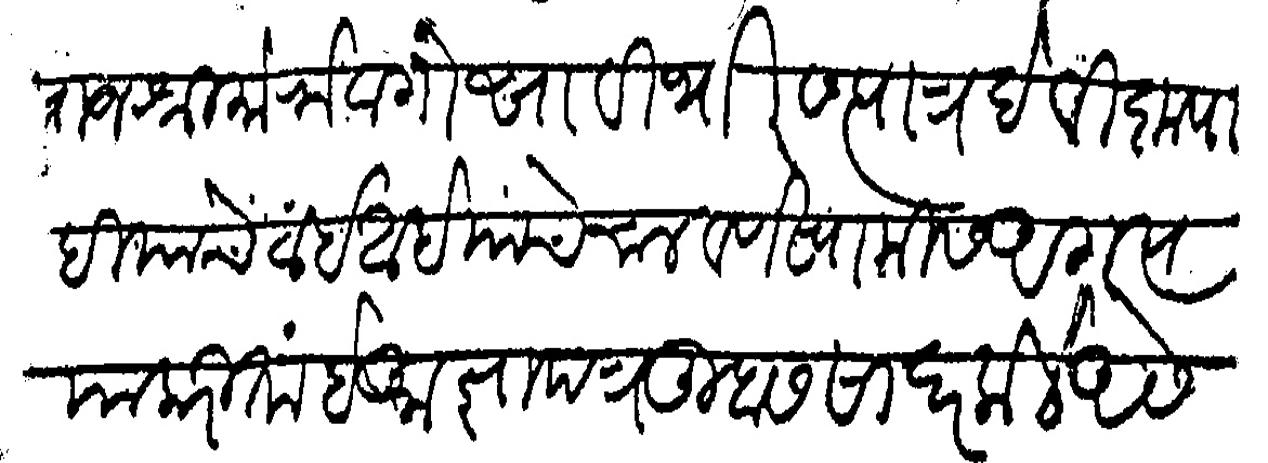
Transliteration (Devanagari): राजश्री मोरोबा गोसावी थोर सत्पात्र देवी कृपाही यांचे ठाई आहे यांचे चालवणे स्वामीस अगत्य या करिता हे आज्ञापत्र तुम्हास सादर केले असे